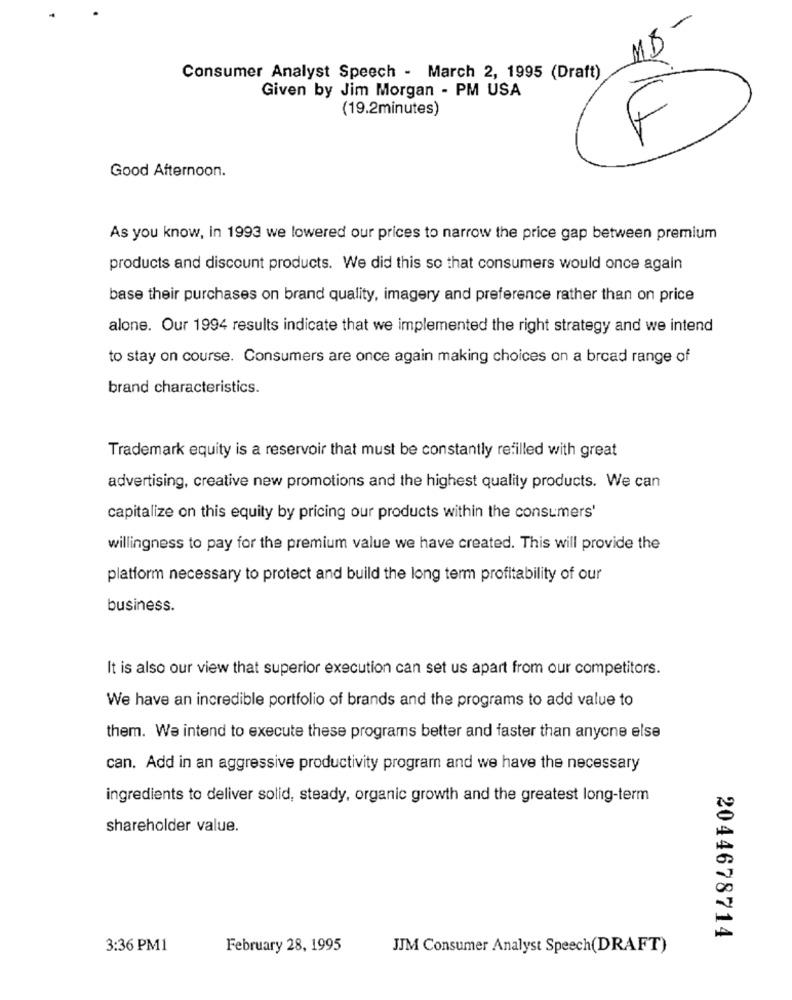
A
Consumer Analyst Speech - March 2, 1995 (Draft)
Given by Jim Morgan - PM USA
(19.2minutes)
Good Afternoon.
As you know, in 1993 we lowered our prices to narrow the price gap between premium
products and discount products. We did this so that consumers would once again
base their purchases on brand quality, imagery and preference rather than on price
alone. Our 1994 results indicate that we implemented the right strategy and we intend
to stay on course. Consumers are once again making choices on a broad range of
brand characteristics.
Trademark equity is a reservoir that must be constantly refilled with great
advertising, creative new promotions and the highest quality products. We can
capitalize on this equity by pricing our products within the consumers'
willingness to pay for the premium value we have created. This will provide the
platform necessary to protect and build the long term profitability of our
business.
It is also our view that superior execution can set us apart from our competitors.
We have an incredible portfolio of brands and the programs to add value to
them. We intend to execute these programs better and faster than anyone else
can. Add in an aggressive productivity program and we have the necessary
ingredients to deliver solid, steady, organic growth and the greatest long-term
shareholder value.
2044678714
3:36 PM1
February 28, 1995
JJM Consumer Analyst Speech(DRAFT)